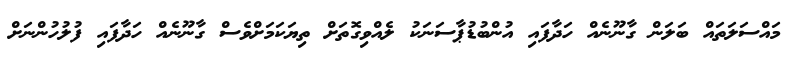
މައްސަލަތައް ބަލަން ގާނޫނެއް ހަދާފައި އުންބުޑުޕާސަނަކު ލެއްވިގޮތަށް ތިޔަކަމަށްވެސް ގާނޫނެއް ހަދާފައި ފުލުހުންނަށް